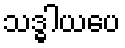
သဒ္ဓါယပေ